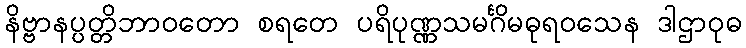
နိဗ္ဗာနပ္ပတ္တိဘာဝတော စရတေ ပရိပုဏ္ဏသမင်္ဂိမဓုရဝသေန ဒါဌာဝုဓ